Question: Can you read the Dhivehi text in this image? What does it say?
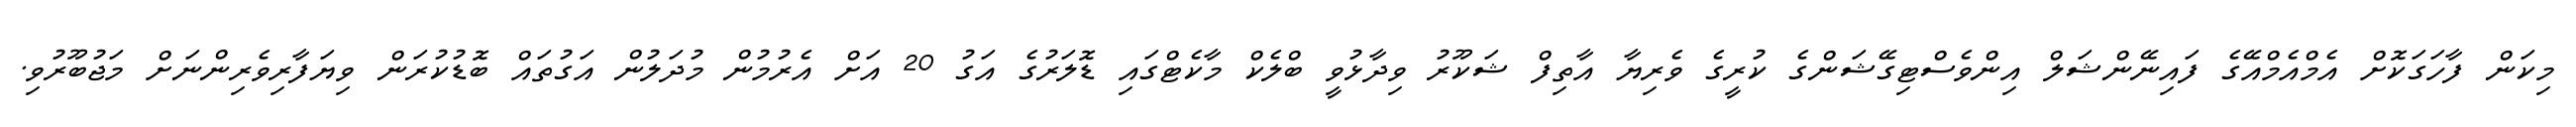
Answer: މިކަން ފާހަގަކޮށް އެމްއެމްއޭގެ ފައިނޭންޝަލް އިންވެސްޓިގޭޝަންގެ ކުރީގެ ވެރިޔާ އާތިފް ޝަކޫރު ވިދާޅުވީ ބްލެކް މާކެޓްގައި ޑޮލަރުގެ އަގު 20 އަށް އެރުމުން މުދަލުން އަގުތައް ބޮޑުކުރަން ވިޔަފާރިވެރިންނަށް މަޖުބޫރުވި.